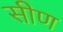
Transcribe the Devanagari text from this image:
सीण